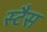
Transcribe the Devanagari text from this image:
स्टैस